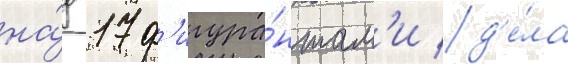
на́д 17 ф'игура́нтам'и д'е́ла